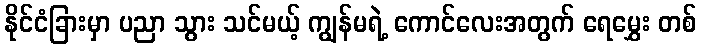
နိုင်ငံခြားမှာ ပညာ သွား သင်မယ့် ကျွန်မရဲ့ ကောင်လေးအတွက် ရေမွှေး တစ်